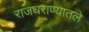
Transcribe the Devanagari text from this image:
राजघराण्यातले